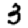
Digit: 3